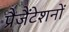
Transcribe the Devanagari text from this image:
प्रैजैंटेशनों